Annual statistical returns and brief notes on vaccination in Bengal - 1909-1929
Year: 1909
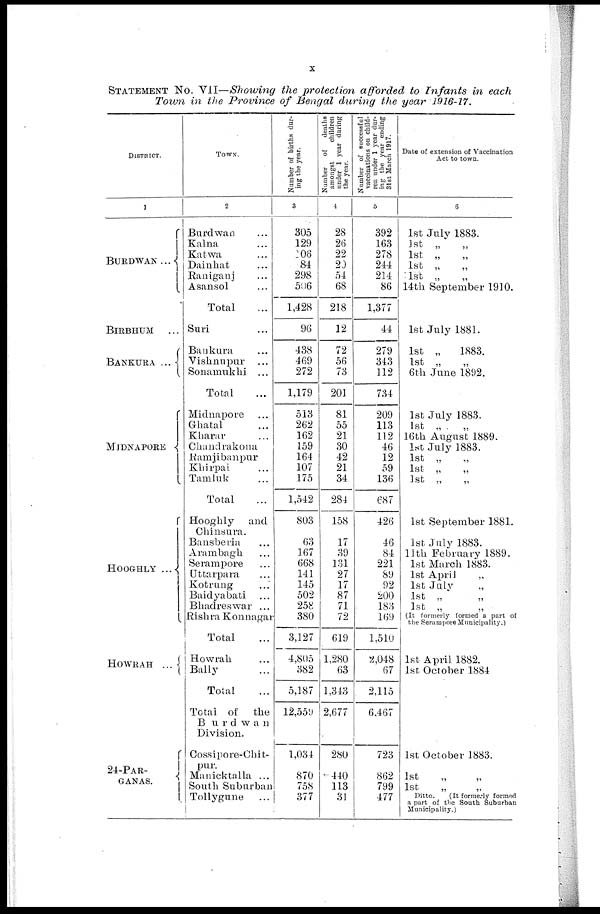
x
STATEMENT No. VII—Showing the protection afforded to Infants in each
Town in the Province of Bengal during the year 1916-17.
DISTRICT.
1
BURDWAN...
BIRBHUM
...
BANKURA ...
MIDNAPORE...
HOOGHLY...
HOWRAH
...
24-PAR-
GANAS.
TOWN.
2
Burdwan...
Kalna...
Katwa...
Dainhat...
Raniganj...
Asansol...
Total...
Suri...
Bankura...
Vishnupur...
Sonamukhi...
Total...
Midnapore...
Ghatal...
Kharar...
Chandrakona...
Ranjibanpur...
Khirpai...
Tamluk...
Total...
Hooghly
and
Chinsura.
Bansberia...
Arambagh...
Serampore...
Uttarpara...
Kotrung...
Baidyabati...
Bhadreswar ...
Rishra Konnagar
Total
Howrah...
Bally...
Total
Total of
the
Burdwan
Division.
Cossipore-Chit-
pur.
Manicktalla ...
South Suburban
Tollygune...
Number of births dur-
ing the year.
3
305
129
206
84
298
506
1,428
96
438
469
272
1,179
513
262
162
159
164
107
175
1,542
803
63
167
668
141
145
502
258
380
3,127
4,805
382
5,187
12,559
1,034
870
758
377
Number of
deaths
amongst
children
under 1 year during
the year.
4
28
26
22
20
54
68
218
12
72
56
73
201
81
55
21
30
42
21
34
284
158
17
39
131
27
17
87
71
72
619
1,280
63
1,343
2,677
280
440
113
31
Number of successful
vaccinations on child-
ren under 1 year dur-
ing the year ending
31st March 1917.
5
392
163
278
244
214
86
1,377
44
279
343
112
734
209
113
112
46
12
59
136
687
426
46
84
221
89
92
200
183
169
1,510
2,048
67
2,115
6,467
723
862
799
477
Date of extension of Vaccination
Act to town.
6
1st July 1883.
1st „ „
1st
„ „
1st „ „
1st „ „
14th September 1910.
1st July 1881.
1st „
1883.
1st „ „
6th June 1892.
1st July 1883.
1st „ . „
16th August 1889.
1st July 1883.
1st „ „
1st „
1st „ „
1st September 1881.
1st July 1883.
11th February 1889.
1st March 1883.
1st April
„ „
1st July „ „
1st „
1st „ „
(It formerly formed a part of
the Serampore Municipality.)
1st April 1882.
1st October 1884
1st October 1883.
1st
„
„
1st
Ditto.
(It formerly formed
a part of the South Suburban
Municipality.)